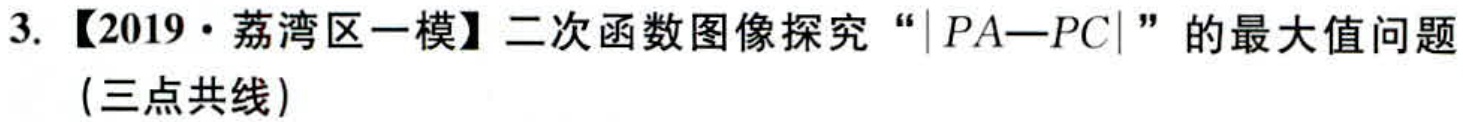
3. 【2019·荔湾区一模】二次函数图像探究“\(\vert PA - PC\vert\)”的最大值问题（三点共线）